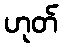
ဟုတ်